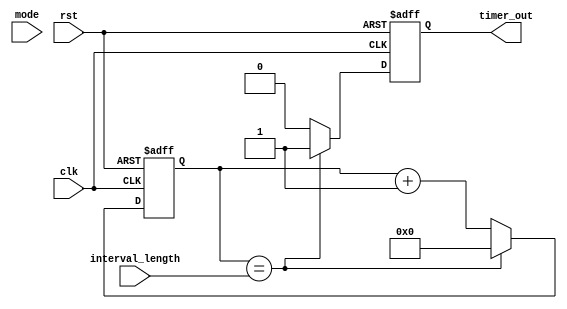
module IntervalTimer (
    input clk,
    input rst,
    input [31:0] interval_length,
    input [1:0] mode,
    output reg timer_out
);

reg [31:0] count;

always @ (posedge clk or posedge rst) begin
    if (rst) begin
        count <= 0;
        timer_out <= 0;
    end else begin
        if (count == interval_length) begin
            count <= 0;
            timer_out <= 1;
        end else begin
            count <= count + 1;
            timer_out <= 0;
        end
    end
end

endmodule